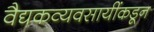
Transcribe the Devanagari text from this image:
वैद्यकव्यवसायींकडून